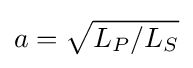
a={\sqrt {L_{P}/L_{S}}}